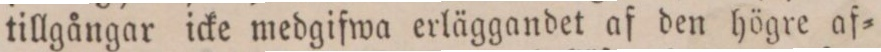
tillgångar icke medgifwa erläggandet af den högre af=